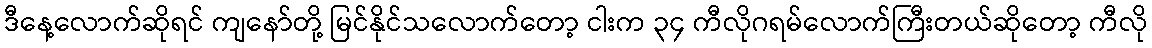
ဒီနေ့လောက်ဆိုရင် ကျနော်တို့ မြင်နိုင်သလောက်တော့ ငါးက ၃၄ ကီလိုဂရမ်လောက်ကြီးတယ်ဆိုတော့ ကီလို